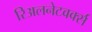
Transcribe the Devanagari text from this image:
रिअलनेटवर्क्स